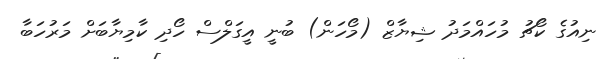
ނިއުގެ ކޯޗު މުހައްމަދު ޝިޔާޒް (މޯހަން) ބުނީ އީގަލްސް ހޯދި ކާމިޔާބަށް މަރުހަބާ